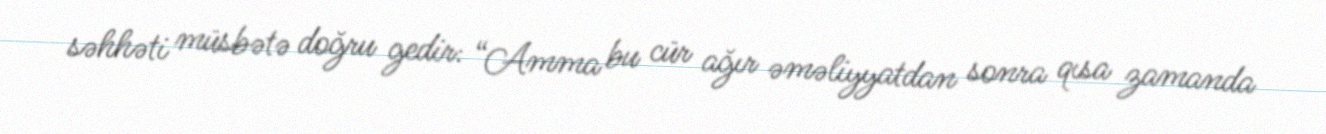
səhhəti müsbətə doğru gedir: “Amma bu cür ağır əməliyyatdan sonra qısa zamanda